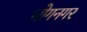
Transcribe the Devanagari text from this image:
भोगनगर